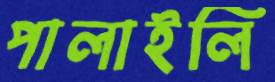
পালাইলি